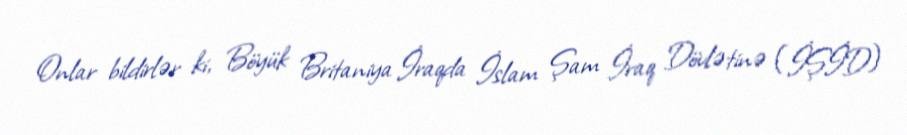
Onlar bildirlər ki, Böyük Britaniya İraqda İslam Şam İraq Dövlətinə (İŞİD)